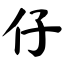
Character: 仔